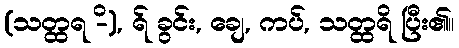
(သတ္ထရ -ိ), ရ် ခွင်း, ချေ, ကပ်, သတ္ထရိ ပြီး၏။